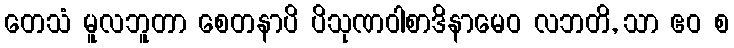
တေသံ မူလဘူတာ စေတနာပိ ပိသုဏဝါစာဒိနာမေဝ လဘတိ, သာ ဧဝ စ